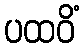
ပထဝိံ